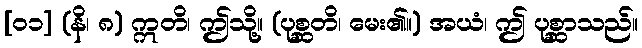
[၀၁] (နိ၊ ၈) ဣတိ၊ ဤသို့။ (ပုစ္ဆတိ၊ မေး၏။) အယံ၊ ဤ ပုစ္ဆာသည်။